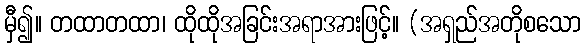
မှီ၍။ တထာတထာ၊ ထိုထိုအခြင်းအရာအားဖြင့်။ (အရှည်အတိုစသော